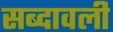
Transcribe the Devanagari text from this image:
सब्दावली